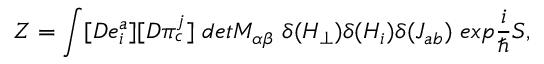
Z = \int [ D e _ { i } ^ { a } ] [ D \pi _ { c } ^ { j } ] \ d e t M _ { \alpha \beta } \ \delta ( H _ { \perp } ) \delta ( H _ { i } ) \delta ( J _ { a b } ) \ e x p \frac { i } { \hbar } S ,